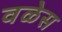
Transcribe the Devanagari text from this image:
वळेस